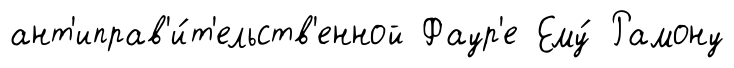
ант'иправ'и́т'ельств'енной Фаур'е Ему́ Рамону